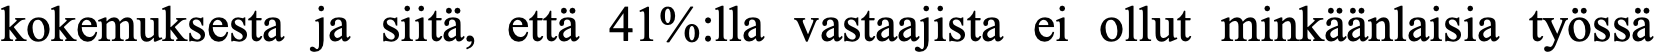
kokemuksesta ja siitä, että 41%:lla vastaajista ei ollut minkäänlaisia työssä